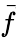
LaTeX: \vec{f}